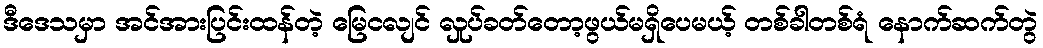
ဒီဒေသမှာ အင်အားပြင်းထန်တဲ့ မြေငလျင် လှုပ်ခတ်တော့ဖွယ်မရှိပေမယ့် တစ်ခါတစ်ရံ နောက်ဆက်တွဲ